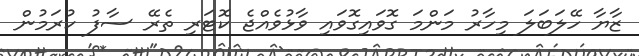
ޒާޔާ ހޭލަބަލަ މިހާރު މަންމަ ގޮވައިގޮވައި ވާޅުވެއްޖެ ކޮޓަރި ތެރޭ ސާފު ކުރަމުން